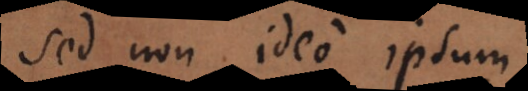
sed non ideo ipsum